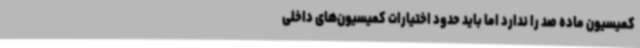
کمیسیون ماده صد را ندارد اما باید حدود اختیارات کمیسیون‌های داخلی